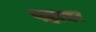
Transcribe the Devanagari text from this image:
पहाबर